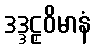
ဒဒ္ဒဠှဝိမာနံ